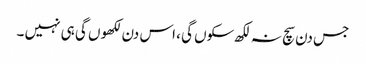
جس دن سچ نہ لکھ سکوں گی ، اس دن لکھوں گی ہی نہیں ۔